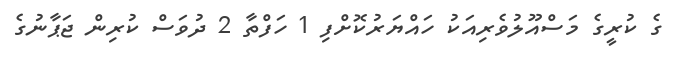
ގެ ކުރީގެ މަސްއޫލުވެރިއަކު ހައްޔަރުކޮށްފި 1 ހަފްތާ 2 ދުވަސް ކުރިން ޖަޕާނުގެ